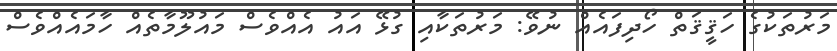
މަރުތަކުގެ ހަޤީޤަތް ހޯދިފައެއް ނުވޭ: މަރުތަކާއި ގުޅޭ އައު އެއްވެސް މައުލޫމާތެއް ހާމައެއްވެސް